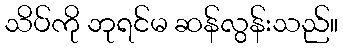
သိပ်ကို ဘုရင်မ ဆန်လွန်းသည်။